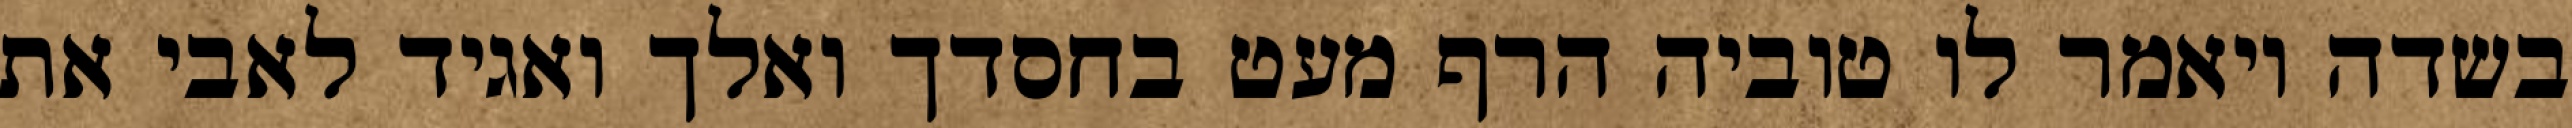
בשדה ויאמר לו טוביה הרף מעט בחסדך ואלך ואגיד לאבי את